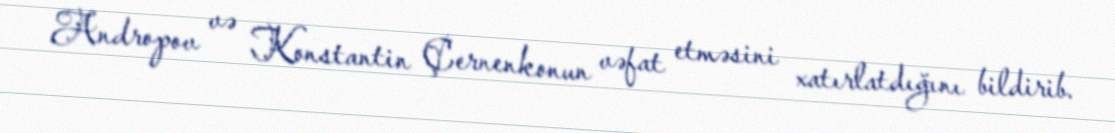
Andropov və Konstantin Çernenkonun vəfat etməsini xatırlatdığını bildirib.